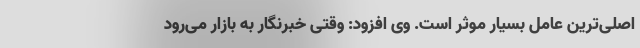
اصلی‌ترین عامل بسیار موثر است. وی افزود: وقتی خبرنگار به بازار می‌رود